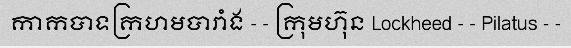
កាកបាទក្រហមបារាំង - - ក្រុមហ៊ុន Lockheed - - Pilatus - -